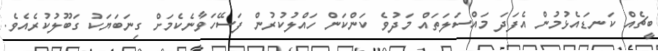
ބީޗެއް ކަނޑައެޅުމުން އެފަދަ މައްސަލަތައް މަދުވެ ކަންކަން ހައްލުކުރުން ފަސޭހަވާނެކެމަށް ގިނަބަޔަކު ގަބޫލުކުރެއެވެ.